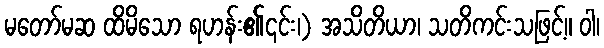
မတော်မဆ ထိမိသော ရဟန်း၏၎င်း၊) အသိတိယာ၊ သတိကင်းသဖြင့်။ ဝါ၊